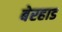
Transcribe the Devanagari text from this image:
बेरहाड